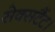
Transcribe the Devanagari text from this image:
सेक्सटैंट।